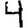
Digit: 4